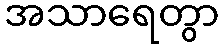
အသာရေတွာ